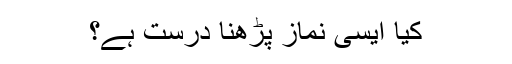
کیا ایسی نماز پڑھنا درست ہے؟